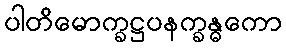
ပါတိမောက္ခဋ္ဌပနက္ခန္ဓကော